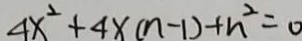
4 x ^ { 2 } + 4 x ( n - 1 ) + n ^ { 2 } = 0